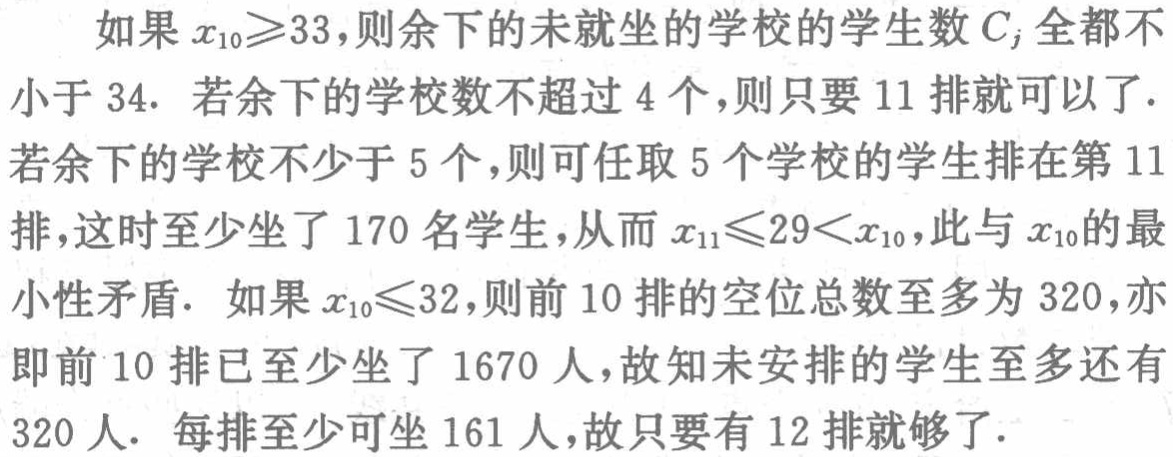
如果 \(x_{10}\geqslant33\)，则余下的未就坐的学校的学生数 \(C_{j}\) 全都不小于 \(34\). 若余下的学校数不超过 \(4\) 个，则只要 \(11\) 排就可以了. 若余下的学校不少于 \(5\) 个，则可任取 \(5\) 个学校的学生排在第 \(11\) 排，这时至少坐了 \(170\) 名学生，从而 \(x_{11}\leqslant29\lt x_{10}\)，此与 \(x_{10}\) 的最小性矛盾. 如果 \(x_{10}\leqslant32\)，则前 \(10\) 排的空位总数至多为 \(320\)，亦即前 \(10\) 排已至少坐了 \(1670\) 人，故知未安排的学生至多还有 \(320\) 人. 每排至少可坐 \(161\) 人，故只要有 \(12\) 排就够了.